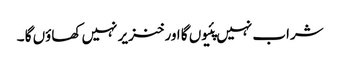
شراب نہیں پئیوں گا اور خنزیر نہیں کھاؤں گا ۔